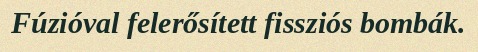
Fúzióval felerősített fissziós bombák.